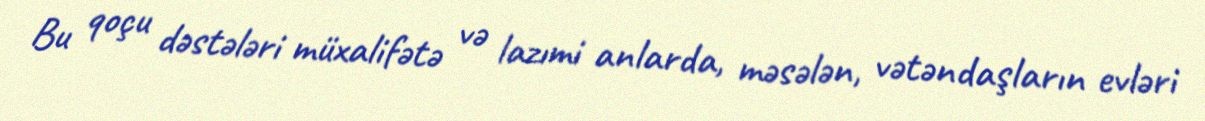
Bu qoçu dəstələri müxalifətə və lazımi anlarda, məsələn, vətəndaşların evləri